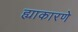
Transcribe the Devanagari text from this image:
ह्याकारणे